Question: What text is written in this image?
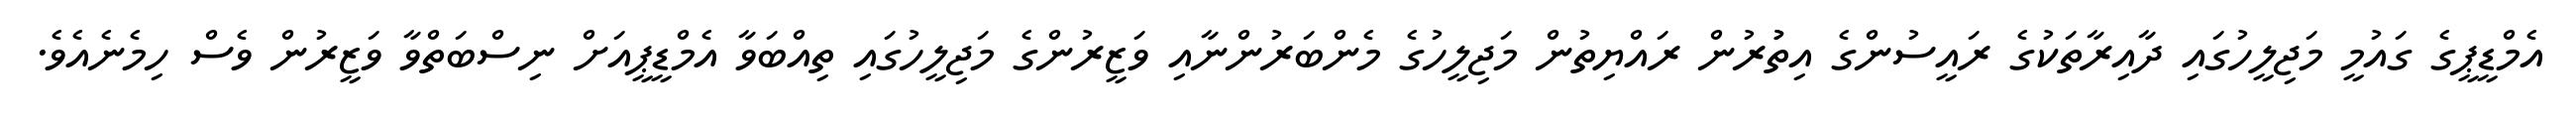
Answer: އެމްޑީޕީގެ ގައުމީ މަޖިލީހުގައި ދާއިރާތަކުގެ ރައީސުންގެ އިތުުރުން ރައްޔިތުން މަޖިލީހުގެ މެންބަރުންނާއި ވަޒީރުންގެ މަޖިލީހުގައި ތިއްބަވާ އެމްޑީޕީއަށް ނިސްބަތްވާ ވަޒީރުން ވެސް ހިމެނެއެވެ.